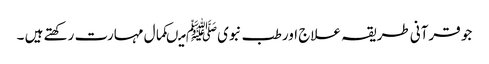
جو قرآنی طریقہ علاج اور طب نبویﷺ میںکمال مہارت رکھتے ہیں ۔